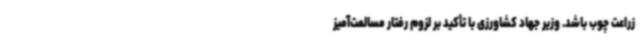
زراعت چوب باشد. وزیر جهاد کشاورزی با تأکید بر لزوم رفتار مسالمت‌آمیز